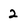
Character: 2